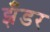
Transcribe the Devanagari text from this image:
झँडर